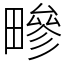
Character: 㽩